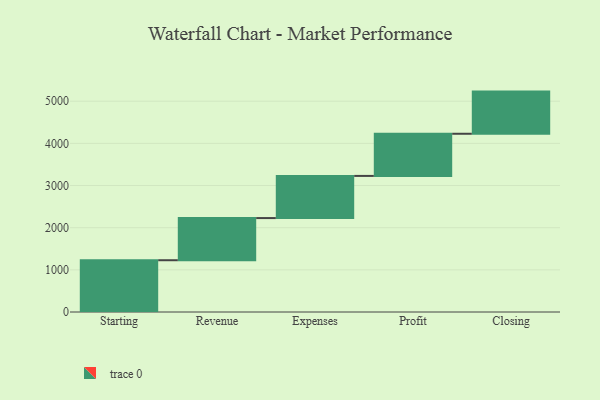
{"axis": {"x": "Step", "y": "Value"}, "legend": [""], "data": [{"x": "Starting", "y": 1228.0, "type": ""}, {"x": "Revenue", "y": 1000, "type": ""}, {"x": "Expenses", "y": 1000, "type": ""}, {"x": "Profit", "y": 1000, "type": ""}, {"x": "Closing", "y": 1000, "type": ""}]}